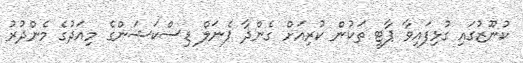
ކުނޫޒުގައި ގުޅިފައިވާ ޕާޓީ ތަކުން ކުރިއަށް ގެންދާ ޕެނަލް ޑިސްކަޝަންގެ މިއަދުގެ މެންދުރު